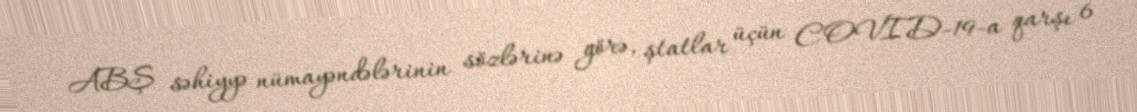
ABŞ səhiyyə nümayəndələrinin sözlərinə görə, ştatlar üçün COVID-19-a qarşı 6